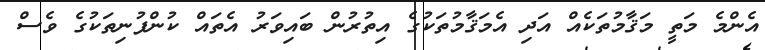
އެންމެ މަތީ މަޤާމުތަކެއް އަދި އެމަޤާމުތަކުގެ އިތުރުން ބައިވަރު އެތައް ކުންފުނިތަކުގެ ވެސް